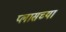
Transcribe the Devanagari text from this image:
प्लासच्या